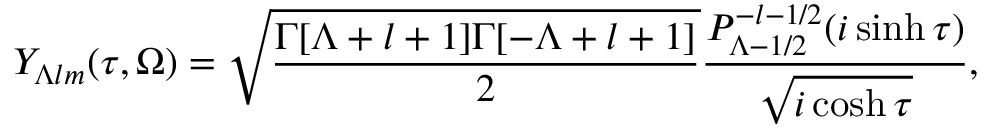
Y _ { \Lambda l m } ( \tau , \Omega ) = \sqrt { \frac { \Gamma [ \Lambda + l + 1 ] \Gamma [ - \Lambda + l + 1 ] } { 2 } } \frac { P _ { \Lambda - 1 / 2 } ^ { - l - 1 / 2 } ( i \sinh \tau ) } { \sqrt { i \cosh \tau } } ,